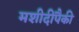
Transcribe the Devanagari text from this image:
मशीदींपैकी